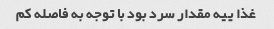
غذا ییه مقدار سرد بود با توجه به فاصله کم